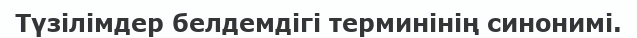
Түзілімдер белдемдігі терминінің синонимі.